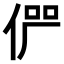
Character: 𠉬